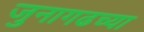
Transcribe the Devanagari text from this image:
जुनागढच्या